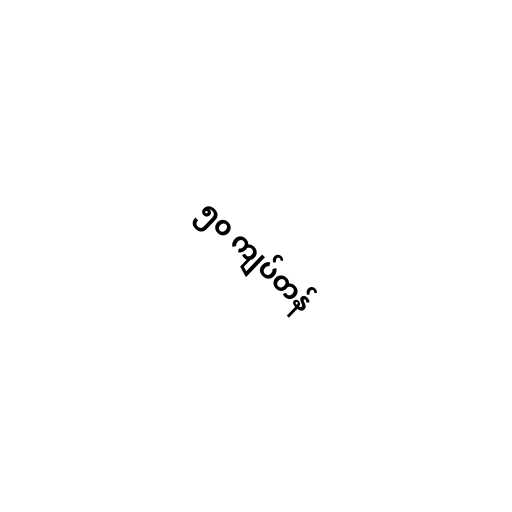
၅၀ ကျပ်တန်